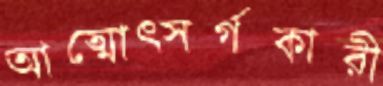
আত্মোত্সর্গকারী